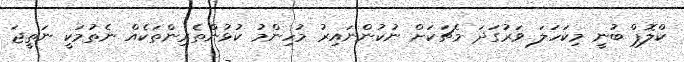
ކްލޮޕް ބުނީ މިކަހަލަ ވަރުގަދަ މެޗަކަށް ނުކުންނައިރު މުހިންމު ކުޅުންތެރިންތަކެއް ނެތުމަކީ ނަތީޖަ